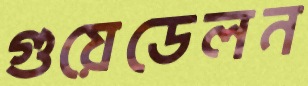
গুয়েডেলন